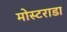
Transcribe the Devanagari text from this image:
मोस्टराडा